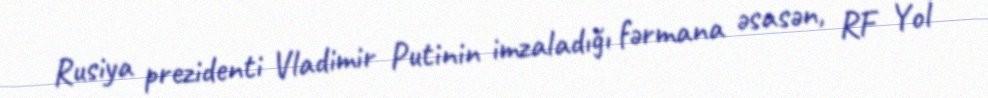
Rusiya prezidenti Vladimir Putinin imzaladığı fərmana əsasən, RF Yol